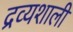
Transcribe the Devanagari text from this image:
द्रव्यशाली